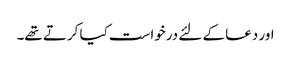
اور دعا کے لئے درخواست کیا کرتے تھے۔